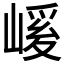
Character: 𭗄